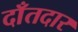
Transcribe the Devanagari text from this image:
दाँतदार